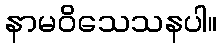
နာမဝိသေသနပါ။